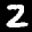
Label: 2